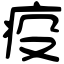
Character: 疫